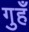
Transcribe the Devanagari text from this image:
गुहँ